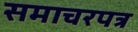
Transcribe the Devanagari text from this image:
समाचरपत्र